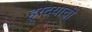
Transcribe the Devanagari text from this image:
ह्रदयाची